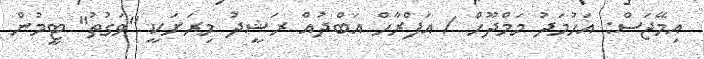
އިމޭޖަސް: އަހުމަދު މަމްދޫހް / އަފްރާހް އަބްދުއް ރަޝީދު މިރަށަކީ "ވަގުތު" ޓީމުން